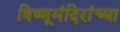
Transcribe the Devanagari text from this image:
विष्णूमंदिरांच्या